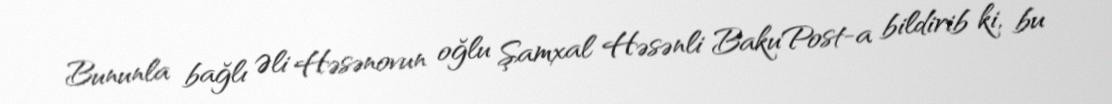
Bununla bağlı Əli Həsənovun oğlu Şamxal Həsənli BakuPost-a bildirib ki, bu